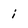
Character: i